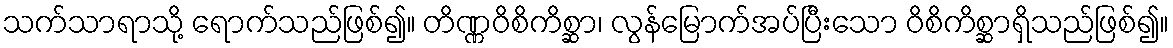
သက်သာရာသို့ ရောက်သည်ဖြစ်၍။ တိဏ္ဏဝိစိကိစ္ဆာ၊ လွန်မြောက်အပ်ပြီးသော ဝိစိကိစ္ဆာရှိသည်ဖြစ်၍။